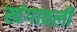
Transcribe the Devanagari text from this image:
खंगावली